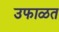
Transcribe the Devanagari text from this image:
उफाळत